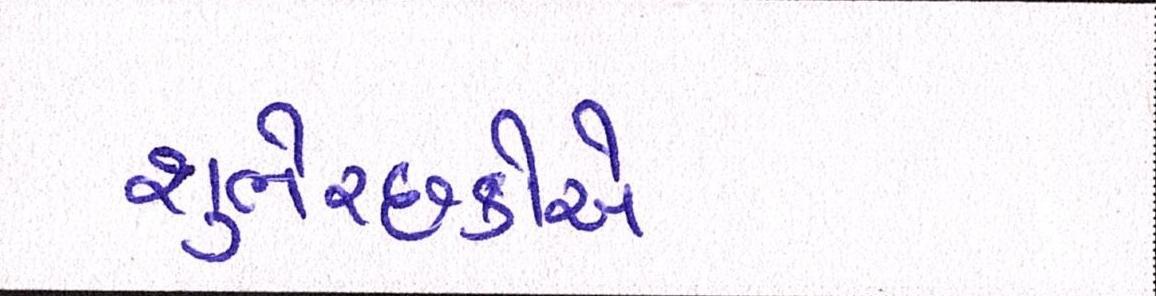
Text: શુભેચ્છકોએ